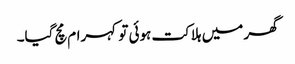
گھر میں ہلاکت ہوئی تو کہرام مچ گیا۔